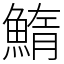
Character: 鰖